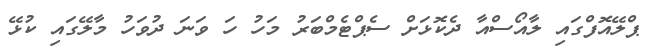
ޕްލޭއޮފްގައި ލާއޯސްއާ ދެކޮޅަށް ސެޕްޓެމްބަރު މަހު ހަ ވަނަ ދުވަހު މާލޭގައި ކުޅޭ